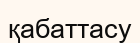
қабаттасу